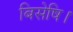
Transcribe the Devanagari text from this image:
बिसेषि।